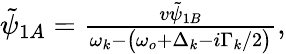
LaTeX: \begin{array}{r}{\tilde{\psi}_{1A}=\frac{v\tilde{\psi}_{1B}}{\omega_{k}-\big(\omega_{o}+\Delta_{k}-i\Gamma_{k}/2\big)},}\end{array}